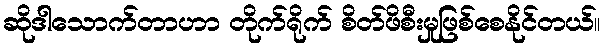
ဆိုဒါသောက်တာဟာ တိုက်ရိုက် စိတ်ဖိစီးမှုဖြစ်စေနိုင်တယ်။